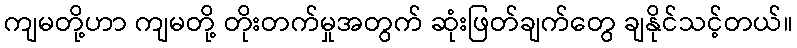
ကျမတို့ဟာ ကျမတို့ တိုးတက်မှုအတွက် ဆုံးဖြတ်ချက်တွေ ချနိုင်သင့်တယ်။